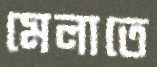
মেলাতে